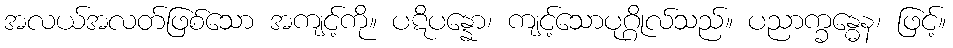
အလယ်အလတ်ဖြစ်သော အကျင့်ကို။ ပဋိပန္နော၊ ကျင့်သောပုဂ္ဂိုလ်သည်။ ပညာက္ခန္ဓေန၊ ဖြင့်။